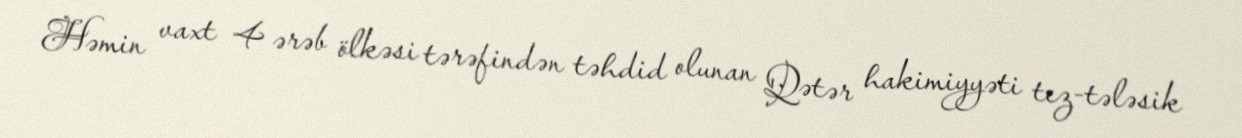
Həmin vaxt 4 ərəb ölkəsi tərəfindən təhdid olunan Qətər hakimiyyəti tez-tələsik